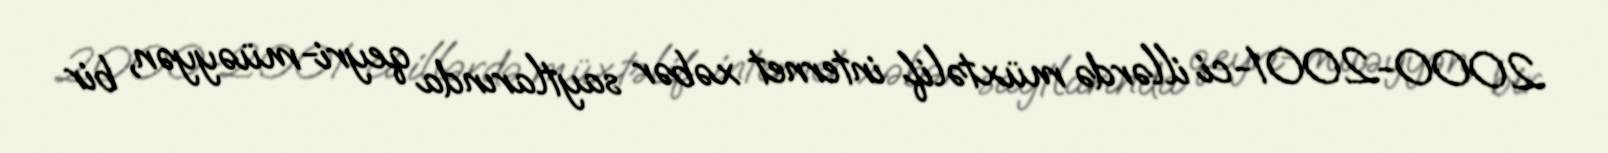
2000-2001-ci illərdə müxtəlif internet xəbər saytlarında qeyri-müəyyən, bir